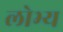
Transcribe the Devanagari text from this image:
लोभ्य